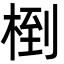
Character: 椡